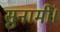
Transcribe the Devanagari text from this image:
सुनामी।